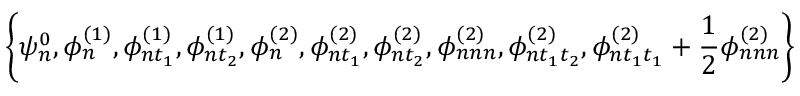
\left\{ \psi _ { n } ^ { 0 } , \phi _ { n } ^ { ( 1 ) } , \phi _ { n t _ { 1 } } ^ { ( 1 ) } , \phi _ { n t _ { 2 } } ^ { ( 1 ) } , \phi _ { n } ^ { ( 2 ) } , \phi _ { n t _ { 1 } } ^ { ( 2 ) } , \phi _ { n t _ { 2 } } ^ { ( 2 ) } , \phi _ { n n n } ^ { ( 2 ) } , \phi _ { n t _ { 1 } t _ { 2 } } ^ { ( 2 ) } , \phi _ { n t _ { 1 } t _ { 1 } } ^ { ( 2 ) } + \frac { 1 } { 2 } \phi _ { n n n } ^ { ( 2 ) } \right\}